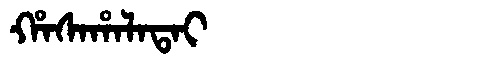
Manchu: ᡥᠠᠰᠠᡥᠠᠯᠠᡨᠠᡳ
Romanization: HASAHALATAI